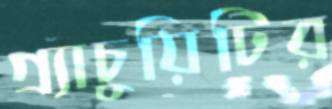
গ্র্যাচুয়িটির